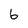
Character: 6